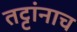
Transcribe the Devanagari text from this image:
तट्टांनाच